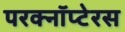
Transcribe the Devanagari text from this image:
परक्नॉप्टेरस